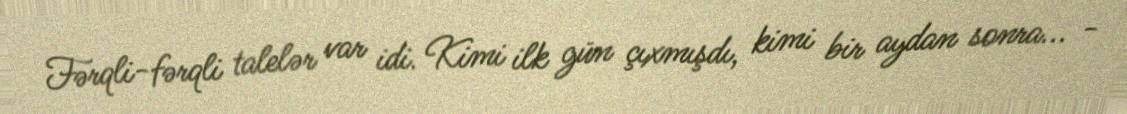
Fərqli-fərqli talelər var idi. Kimi ilk gün çıxmışdı, kimi bir aydan sonra... -